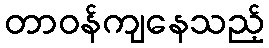
တာဝန်ကျနေသည့်